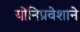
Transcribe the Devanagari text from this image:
योनिप्रवेशाने